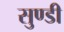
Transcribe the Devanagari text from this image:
सुण्डी